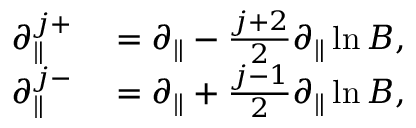
\begin{array} { r l } { \partial _ { \| } ^ { j + } } & { { } = \partial _ { \| } - \frac { j + 2 } { 2 } \partial _ { \| } \ln B , } \\ { \partial _ { \| } ^ { j - } } & { { } = \partial _ { \| } + \frac { j - 1 } { 2 } \partial _ { \| } \ln B , } \end{array}